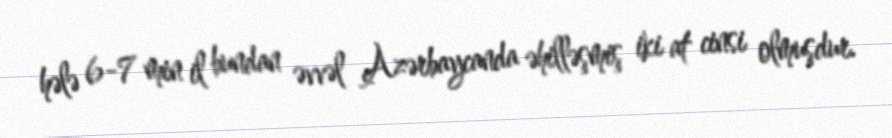
hələ 6-7 min il bundan əvvəl Azərbaycanda əhilləşmiş iki at cinsi olmuşdur.